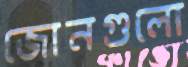
জোনগুলো